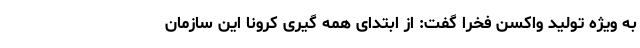
به ویژه تولید واکسن فخرا گفت: از ابتدای همه گیری کرونا این سازمان